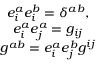
\begin{array} { c } { { e _ { i } ^ { a } e _ { i } ^ { b } = \delta ^ { a b } , } } \\ { { e _ { i } ^ { a } e _ { j } ^ { a } = g _ { i j } } } \\ { { g ^ { a b } = e _ { i } ^ { a } e _ { j } ^ { b } g ^ { i j } } } \end{array}